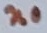
Text: n0